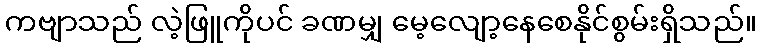
ကဗျာသည် လဲ့ဖြူကိုပင် ခဏမျှ မေ့လျော့နေစေနိုင်စွမ်းရှိသည်။